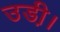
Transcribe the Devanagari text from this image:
उडी़ं।